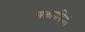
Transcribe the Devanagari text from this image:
अकादमियाँ।